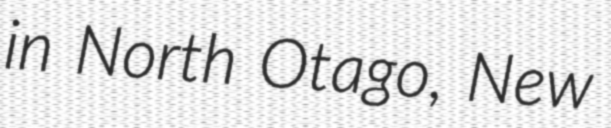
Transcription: in North Otago, New